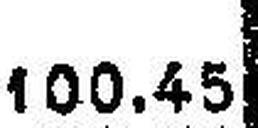
100.45